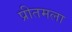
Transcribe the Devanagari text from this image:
प्रीतमला